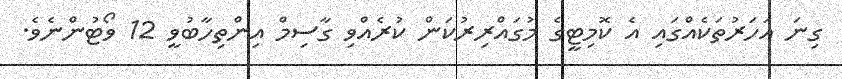
ގިނަ އަހަރުތަކެއްގައި އެ ކޮމިޓީގެ މުގައްރިރުކަން ކުރެއްވި ގާސިމް އިންތިހާބުވީ 12 ވޯޓުންނެެވެ.